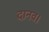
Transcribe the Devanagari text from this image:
दानव।